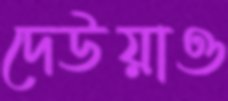
দেউয়াও